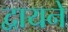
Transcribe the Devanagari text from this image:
द्वायने